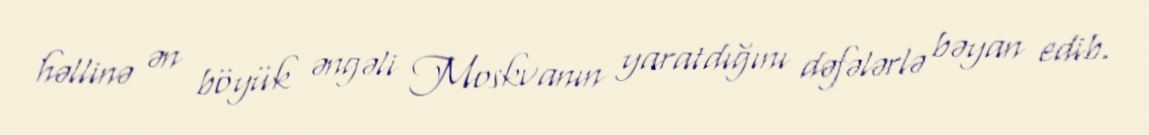
həllinə ən böyük əngəli Moskvanın yaratdığını dəfələrlə bəyan edib.